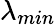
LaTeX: \lambda_{min}